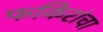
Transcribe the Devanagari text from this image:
फकिरांचा